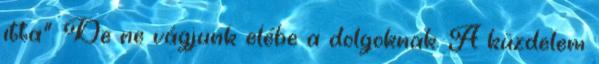
itta". De ne vágjunk elébe a dolgoknak. A küzdelem